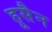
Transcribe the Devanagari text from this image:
हूसैन